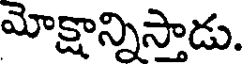
మోక్షాన్నిస్తాడు.